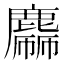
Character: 𪋙